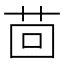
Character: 茴